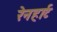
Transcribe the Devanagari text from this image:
रेनहार्ट